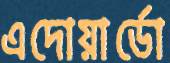
এদোয়ার্ডো